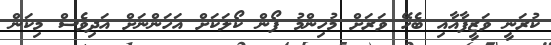
ކުރަނީ ވަޒީފާއާއި ބެހޭ ވަރަށް މުހިންމު ފޯން ކޯލަކަށް އަހަންނަށް އަދިވެސް މިކަން